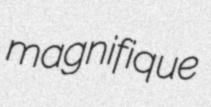
magnifique